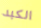
الكبد